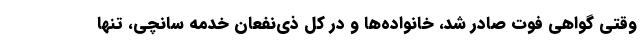
وقتی گواهی فوت صادر شد، خانواده‌ها و در کل ذی‌نفعان خدمه سانچی، تنها